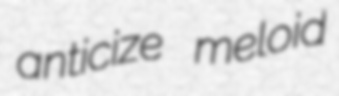
anticize meloid